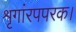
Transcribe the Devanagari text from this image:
शृगांरपपरक।